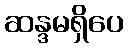
ဆန္ဒမရှိပေ